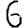
Digit: 6